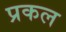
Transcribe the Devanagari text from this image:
प्रकल